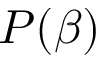
P ( \beta )